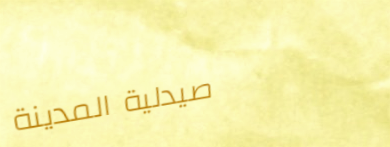
صيدلية المدينة